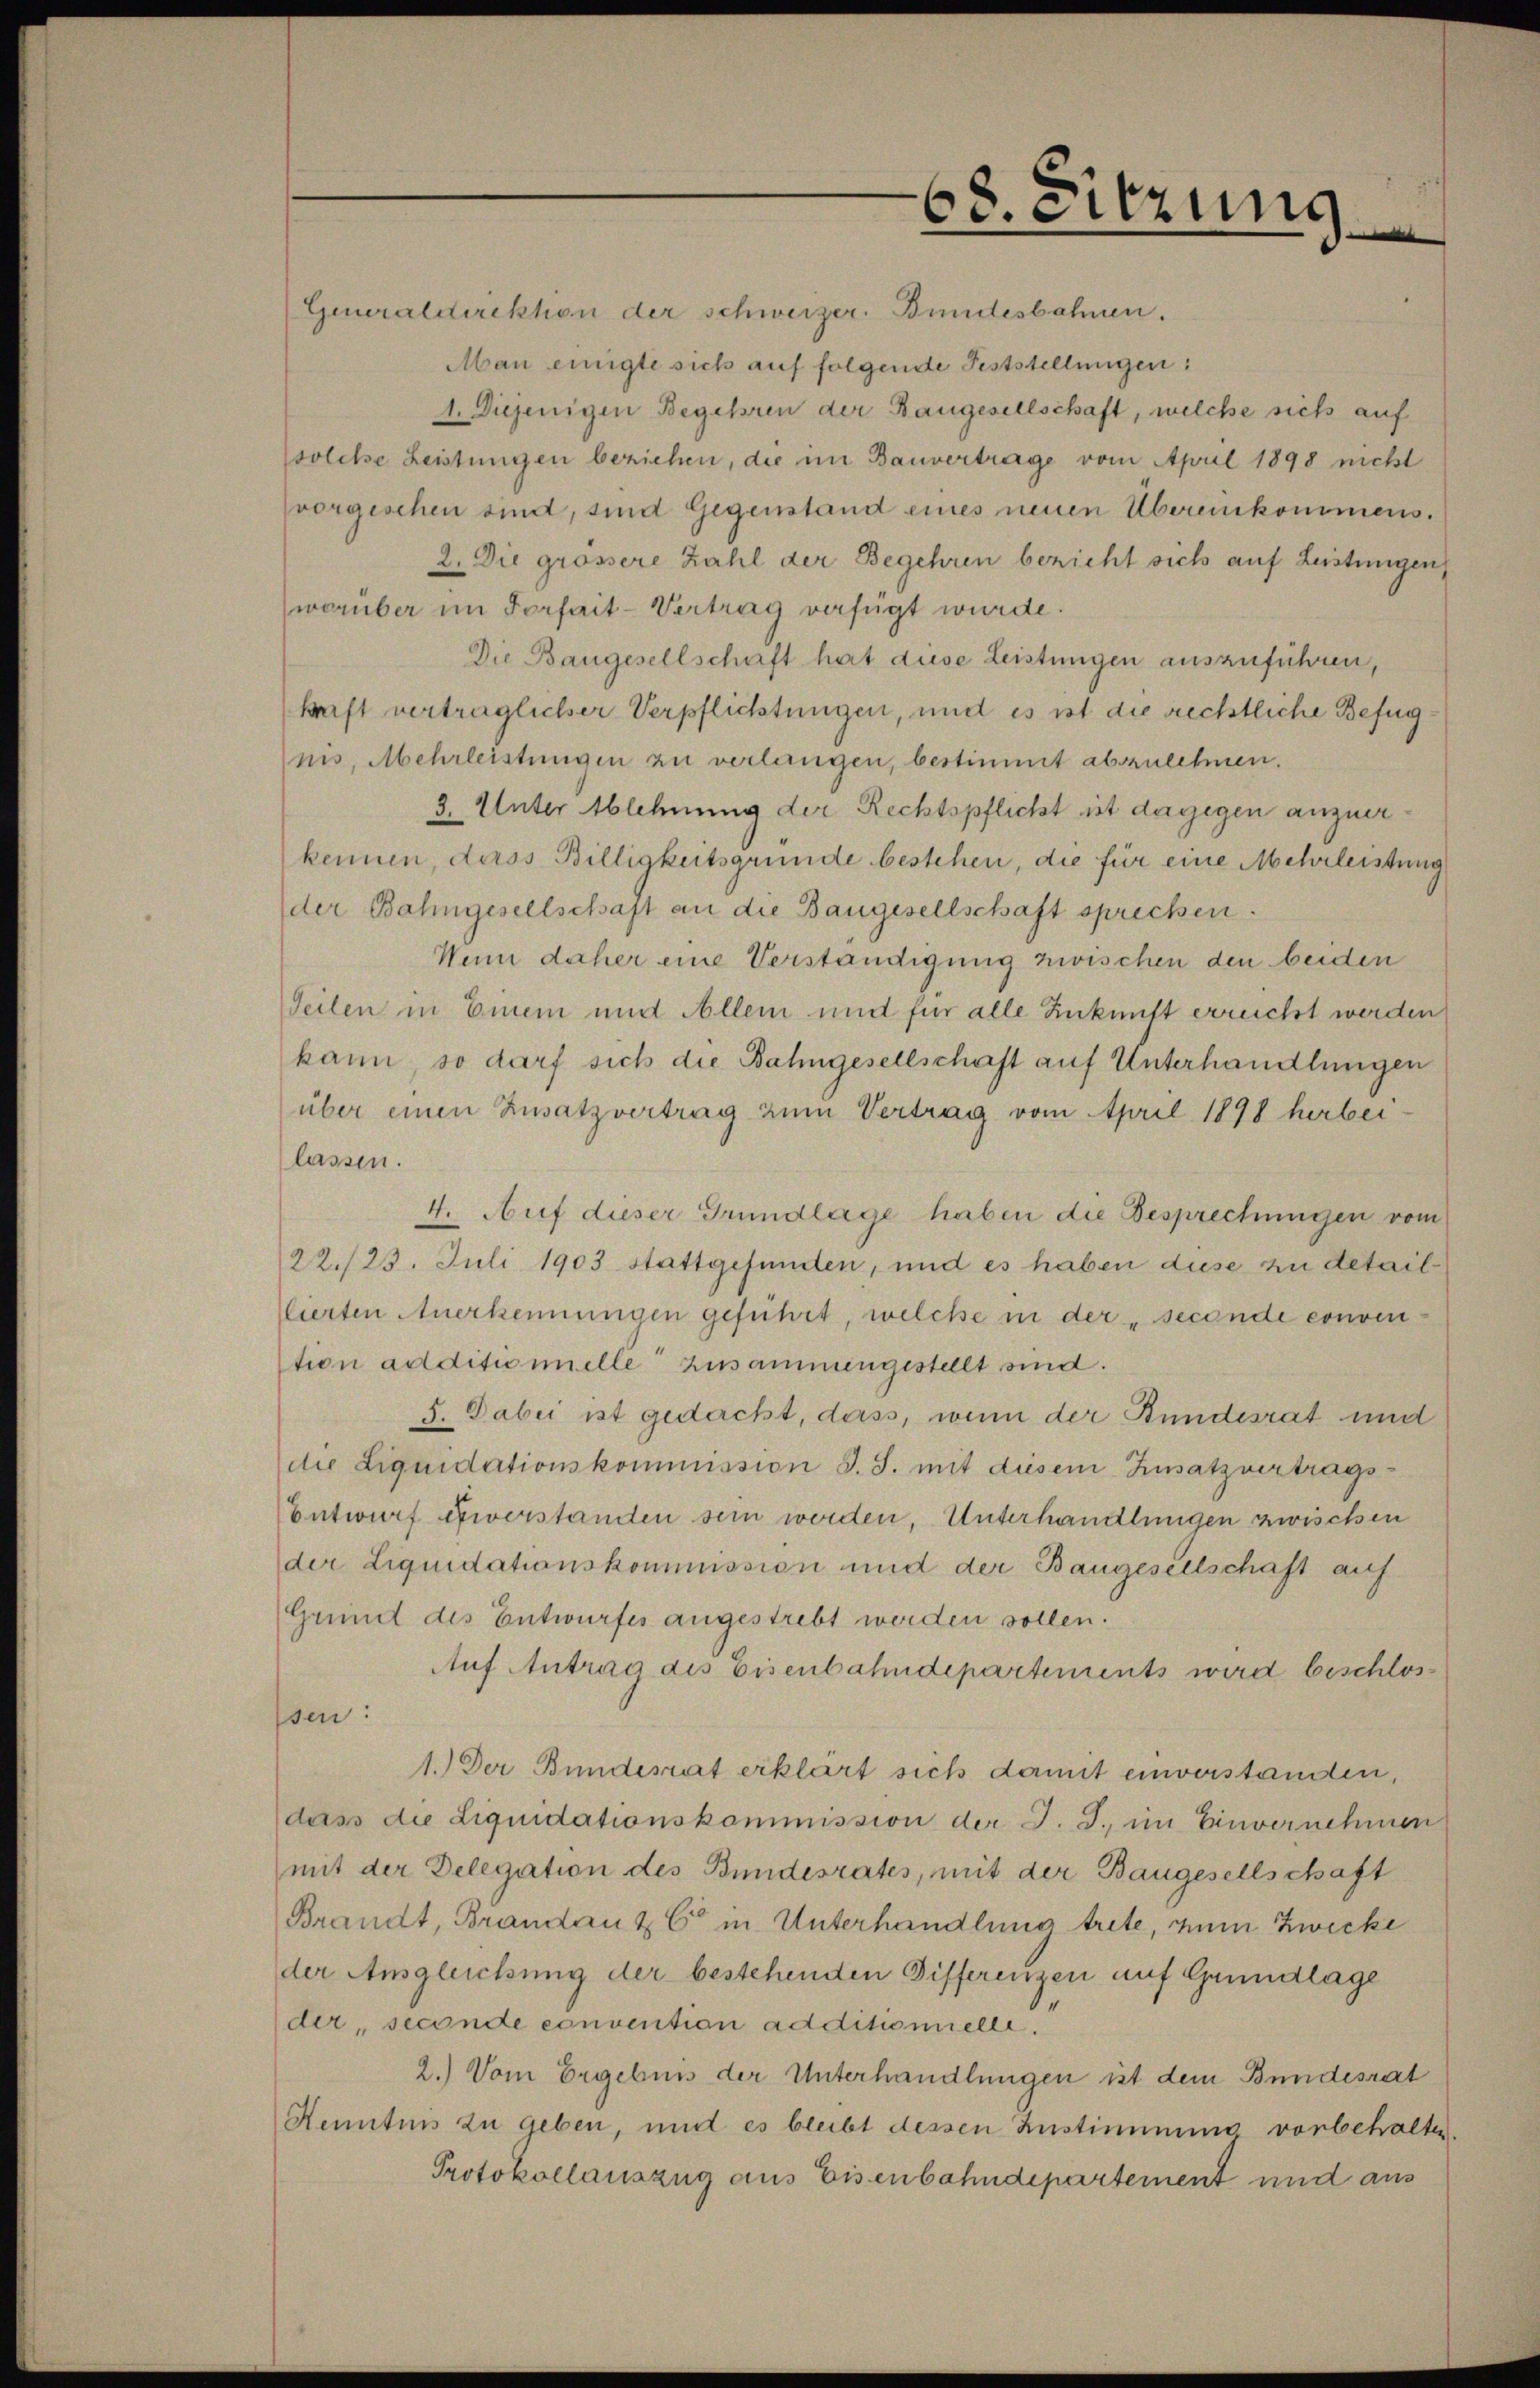
Generaldirektion der schweizer. Bundesbahnen.
Man einigte sich auf folgende Feststellungen:
1. Diejenigen Begehren der Baugesellschaft, welche sich auf
solche Leistungen beziehen, die im Bauvertrage vom April 1898 nicht
vorgeschen sind, sind Gegenstand eines neuen Übereinkommens.
2. Die grössere Zahl der Begehren bezieht sich auf Leistungen
worüber im Forfait-Vertrag verfügt wurde.
Die Baugesellschaft hat diese Leistungen auszuführen,
kraft verträglicher Verpflichtungen, und es ist die rechtliche Befugnis, Mehrleistungen zu verlangen, bestimmt abzulehnen.
3. Unter Ablehnung der Rechtspflicht ist dagegen anzuerkennen, dass Billigkeitsgründe bestehen, die für eine Mehrleistung
der Bahngesellschaft an die Baugesellschaft sprechen.
Wenn daher eine Verständigung zwischen den beiden
Teilen in Einem und Allem und für alle Zukunft errecht werden
kann, so darf sich die Bahngesellschaft auf Unterhandlungen
über einen Zusatzvertrag zum Vertrag vom April 1898 herbei-
lassen.
4. Auf dieser Grundlage haben die Besprechungen vom
22./23. Juli 1903 stattgefunden, und es haben diese zu detaillierten Anerkennungen geführt, welche in der „seconde conven
tion additionelle zusammengestellt sind.
5. Dabei ist gedacht, dass, wenn der Bundesrat und
die Liquidationskommission S. S. mit diesem Zusatzvertrags-
Entwurf einerstanden sein werden, Unterhandlungen zwischen
der Liquidationskommission und der Baugesellschaft auf
Grund des Entwurfes angestrebt werden sollen.
Auf Antrag des Eisenbahndepartements wird beschlos
sen:
1.) Der Bundesrat erklärt sich damit einverstanden,
dass die Liquidationskommission der J. J., im Einvernehmen
mit der Delegation des Bundesrates, mit der Baugesellschaft
Brandt, Brandau & C in Unterhandlung trete, zum Zwecke
der Ausgleichung der bestehenden Differenzen auf Grundlage
der, seconde convention additionielle.
2.) Vom Ergebnis der Unterhandlungen ist dem Bundesrat
Kenntnis zu geben, und es bleibt dessen Zustimmung vorbehalten.
Protokollauszug aus Eisenbahndepartement und aus

68. Sitzung
.